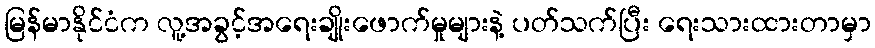
မြန်မာနိုင်ငံက လူ့အခွင့်အရေးချိုးဖောက်မှုများနဲ့ ပတ်သက်ပြီး ရေးသားထားတာမှာ